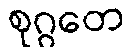
စုဂ္ဂတေ